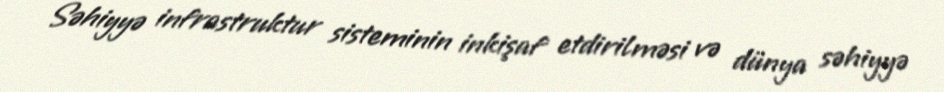
Səhiyyə infrastruktur sisteminin inkişaf etdirilməsi və dünya səhiyyə